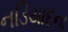
નડિયાદના